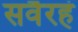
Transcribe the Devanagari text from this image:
सर्वैरहं